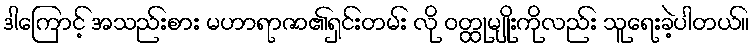
ဒါကြောင့် အသည်းစား မဟာရာဇာ၏ရှင်းတမ်း လို ဝတ္ထုမျိုးကိုလည်း သူရေးခဲ့ပါတယ်။